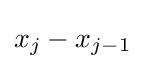
x_{j}-x_{j-1}